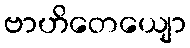
ဗာဟိတေယျော